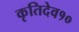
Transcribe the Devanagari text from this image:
कृतिदेव१०